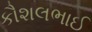
કૌશલભાઈ